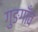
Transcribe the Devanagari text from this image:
गुङगाँव